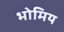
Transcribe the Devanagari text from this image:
भोमिय